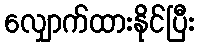
လျှောက်ထားနိုင်ပြီး